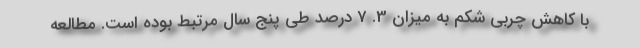
با کاهش چربی شکم به میزان 3. 7 درصد طی پنج سال مرتبط بوده است. مطالعه